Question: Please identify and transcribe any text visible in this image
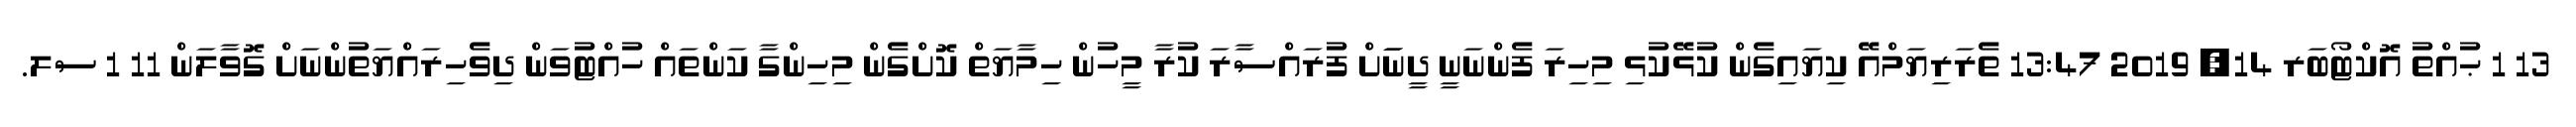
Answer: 13 1 ޙުއްތު އޮކްޓޯބަރ 14, 2019 13:47 ތެރަރިޔަމްއޭ ކިޔައިގެން ކުޅޭކުޅި މިހިރަ ފެންނަނީ ދީނަަށް ފުރައްސާރަ ކުރާ މީހުން ހިމާޔަތް ކޮށްގެން މިހިންގާ ކަންތައް ހުއްޓުވަން ދިވެހިރައްޔަތުންނަށް ގޮވާލަން 11 1 ސލ.